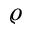
\varrho